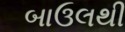
બાઉલથી